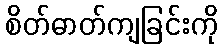
စိတ်ဓာတ်ကျခြင်းကို